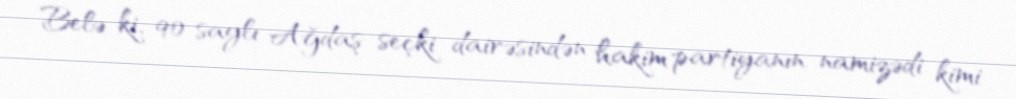
Belə ki, 90 saylı Ağdaş seçki dairəsindən hakim partiyanın namizədi kimi